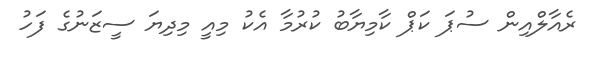
ރެއާލްއިން ސުޕަ ކަޕް ކާމިޔާބު ކުރުމާ އެކު މިއީ މިދިޔަ ސީޒަނުގެ ފަހު